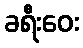
ခရီးဝေး